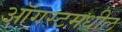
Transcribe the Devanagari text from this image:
ऑगस्टमधील